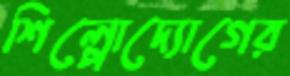
শিল্পোদ্যোগের